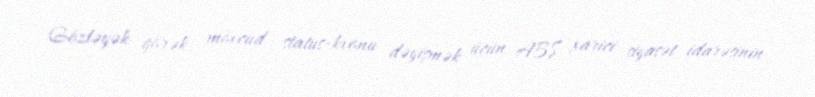
Gözləyək görək, mövcud status-kvonu dəyişmək üçün ABŞ xarici siyasət idarəsinin